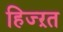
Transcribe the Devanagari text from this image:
हिज्ऱत